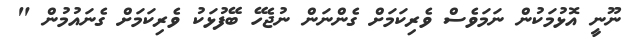
ނޫނީ އޮޅުމަކުން ނަމަވެސް ވެރިކަމަށް ގެންނަން ނުޖެހޭ ބޭފުޅަކު ވެރިކަމަށް ގެނައުމުން "